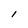
Character: l